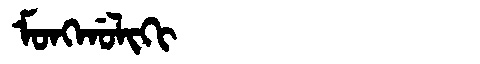
Manchu: ᠮᠣᠩᡤᠣᠯᡳᡴᡳ
Romanization: MONGGOLIKI